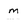
Character: m